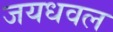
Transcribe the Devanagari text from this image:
जयधवल